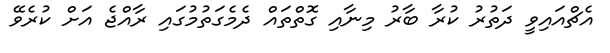
އެޗްއައިވީ ދަތުރު ކުރާ ބާރު މިނާއި ގޮތްތައް ދެމެގަތުމުގައި ރާއްޖެ އަށް ކުރެވޭ